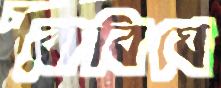
রাবিঘে